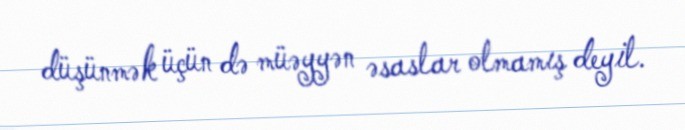
düşünmək üçün də müəyyən əsaslar olmamış deyil.